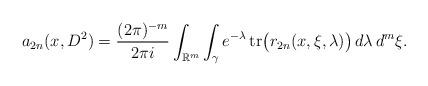
LaTeX: \begin{align*} a_{2n}(x, D^2)=\frac{(2 \pi)^{-m}}{2 \pi i} \int_{\mathbb{R}^m} \int_{\gamma} e^{-\lambda} \, \textnormal{tr}\big ( r_{2n}(x, \xi, \lambda) \big ) \, d \lambda \, d^m \xi.\end{align*}